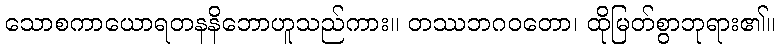
သောစကာယောရတနနိဘောဟူသည်ကား။ တဿဘဂဝတော၊ ထိုမြတ်စွာဘုရား၏။